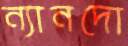
ন্যানদো